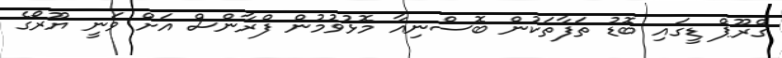
ގްރޫޕް ޑީގައި ބޮޑު ތަފާތަކުން ބޮސްނިއާ މޮޅުވުމުން ފްރާންސް އަށް ވަނީ ޔޫރޯގެ